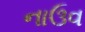
નાઉવ